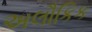
અલૌકિક